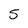
Character: 5